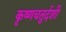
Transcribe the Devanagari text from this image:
कृष्णचतुर्दशी